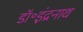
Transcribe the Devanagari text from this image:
डॉ॰इंद्रनाथ